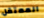
المعتقل